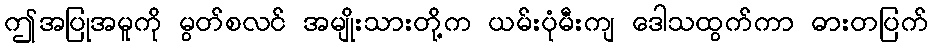
ဤအပြုအမူကို မွတ်စလင် အမျိုးသားတို့က ယမ်းပုံမီးကျ ဒေါသထွက်ကာ ဓားတပြက်